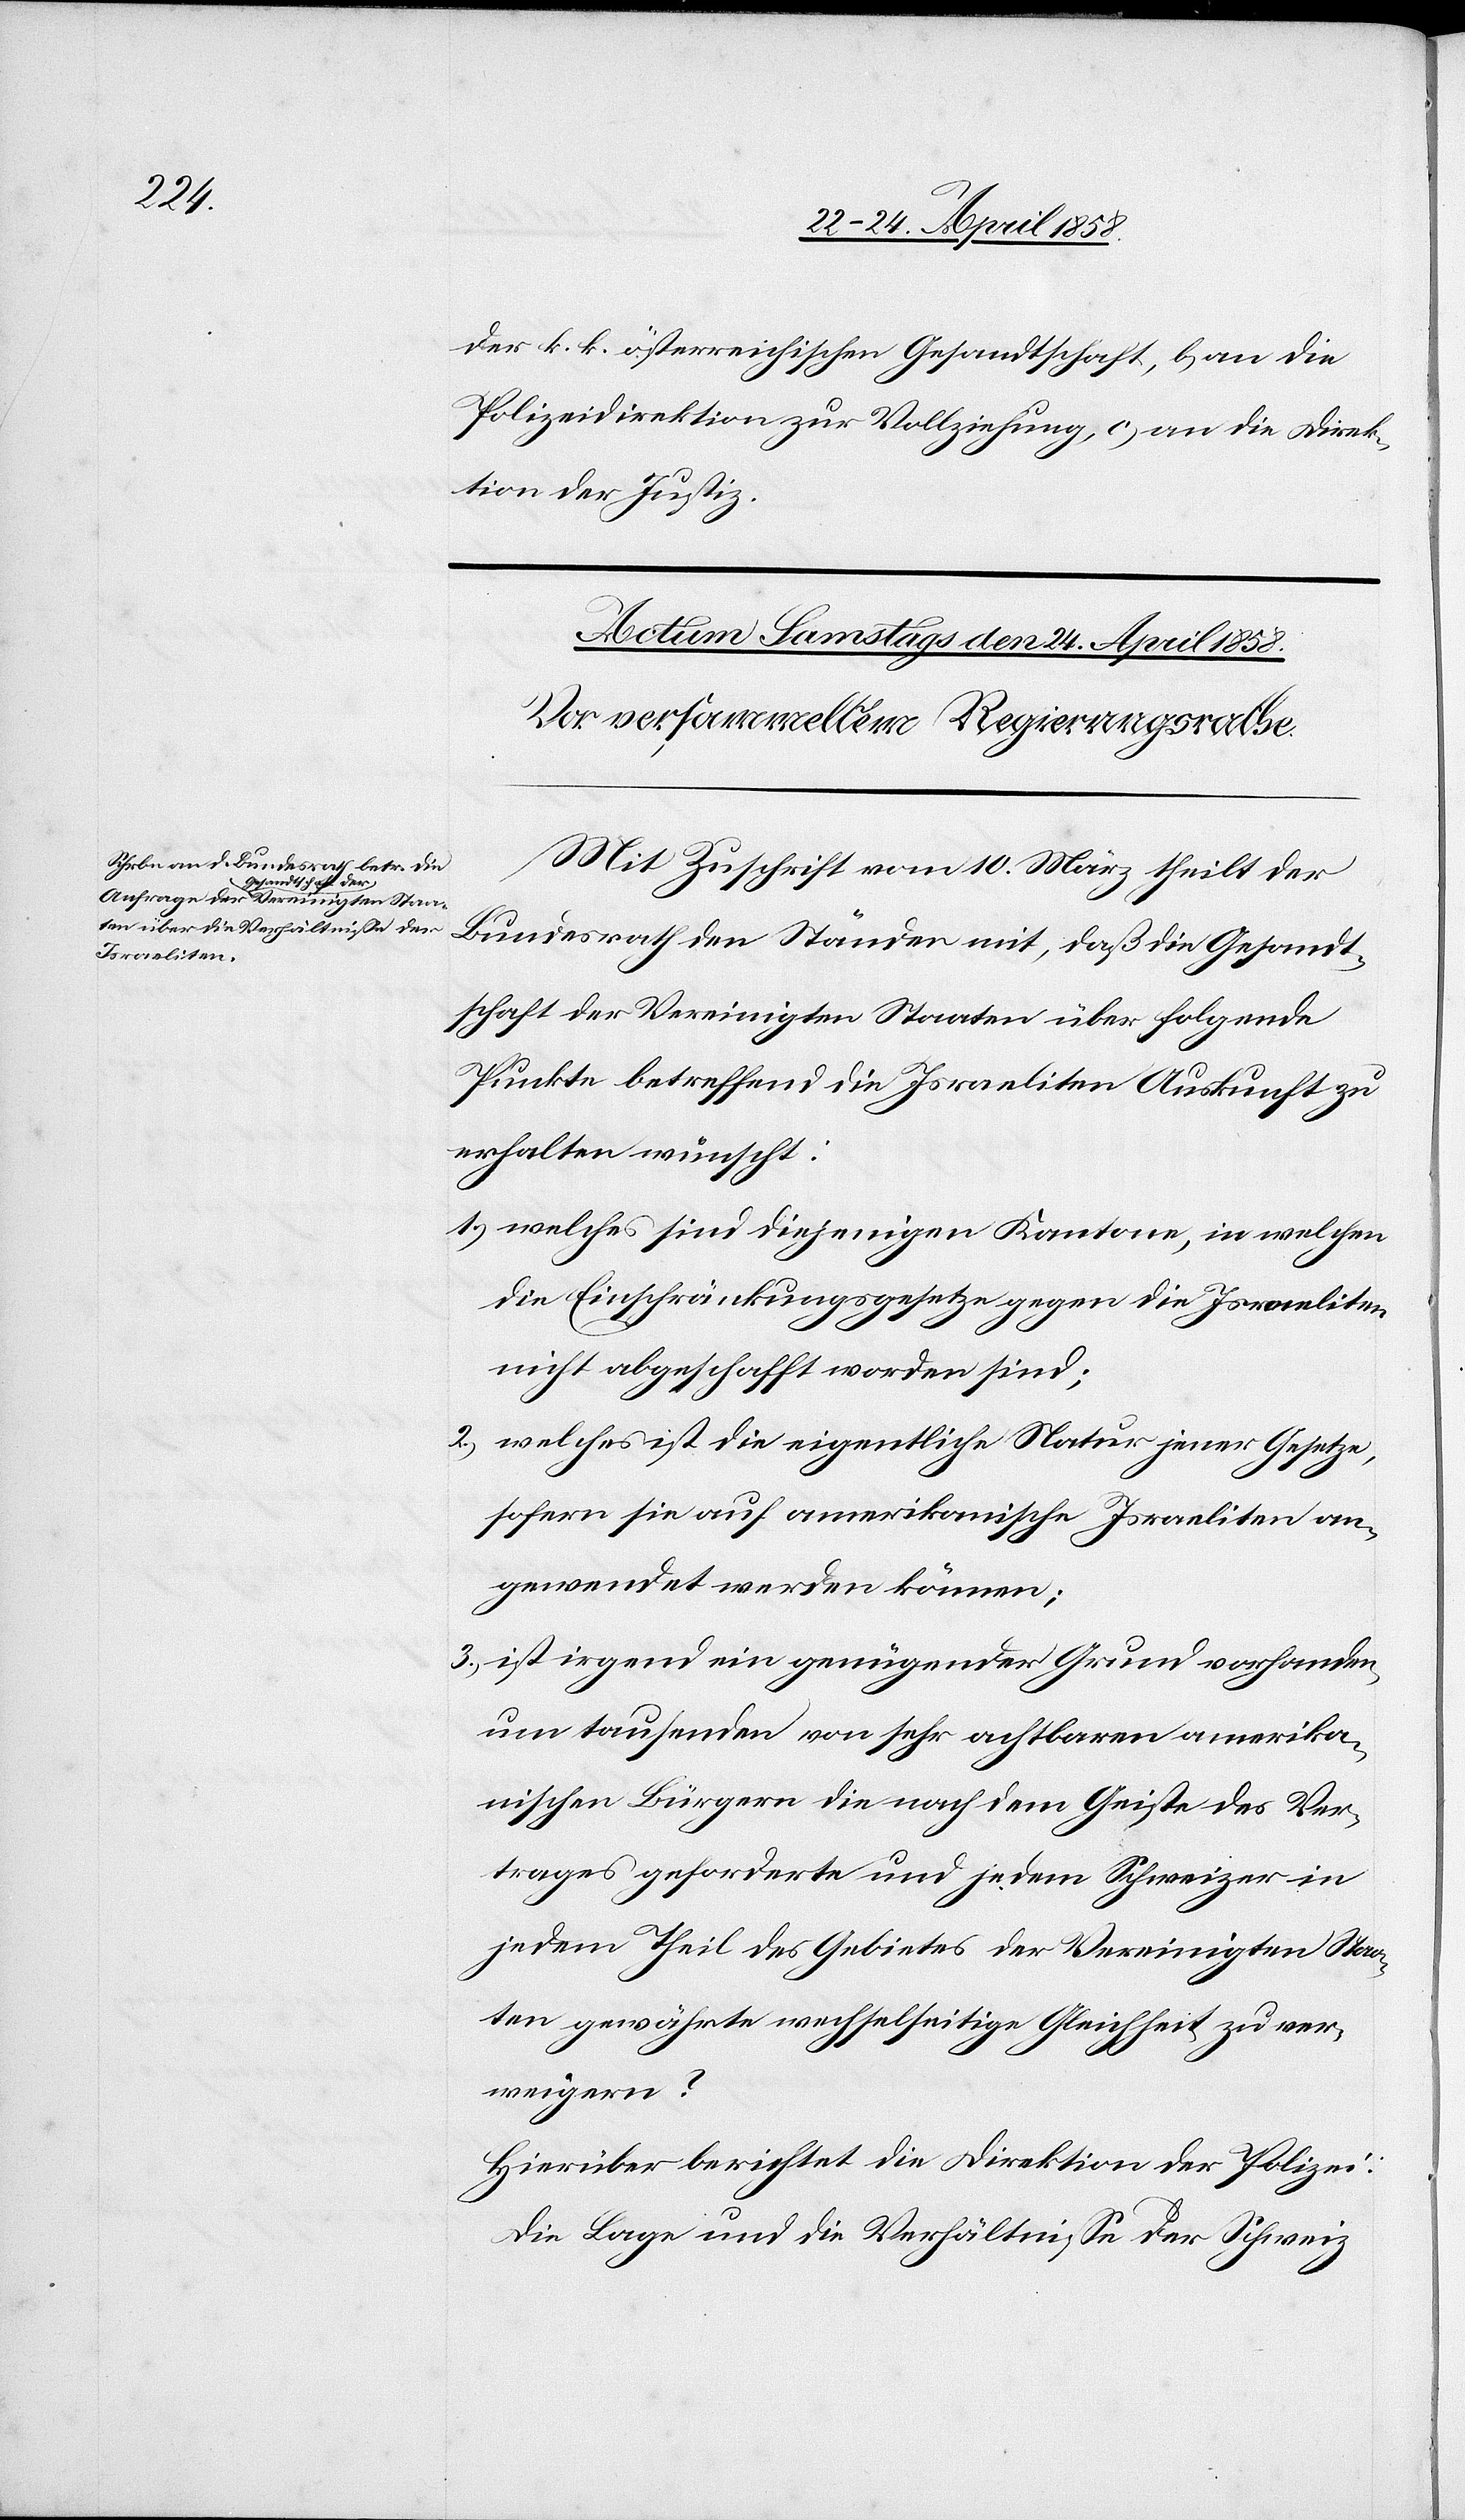
der k. k. österreichischen Gesandtschaft, b) an die
Polizeidirektion zur Vollziehung, c) an die Direk¬
tion der Justiz.
Mit Zuschrift vom 10. März theilt der
Bundesrath den Ständen mit, daß die Gesandt¬
schaft der Vereinigten Staaten über folgende
Punkte betreffend die Israeliten Auskunft zu
erhalten wünscht:
1.) welches sind diejenigen Kantone, in welchen
die Einschränkungsgesetze gegen die Israeliten
nicht abgeschafft worden sind;
2.) welches ist die eigentliche Natur jener Gesetze,
sofern sie auf amerikanische Israeliten an¬
gewendet werden können;
3.) ist irgend ein genügender Grund vorhanden,
um tausenden von sehr achtbaren amerika¬
nischen Bürgern die nach dem Gesetze des Ver¬
trages geforderte und jedem Schweizer in
jedem Theil des Gebietes der Vereinigten Staa¬
ten gewährte wechselseitige Gleichheit zu ver¬
weigern?
Hierüber berichtet die Direktion der Polizei:
Die Lage und die Verhältnisse der Schweiz